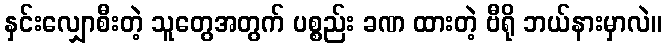
နှင်းလျှောစီးတဲ့ သူတွေအတွက် ပစ္စည်း ခဏ ထားတဲ့ ဗီရို ဘယ်နားမှာလဲ။